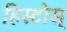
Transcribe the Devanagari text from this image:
हिस्टोस्‌